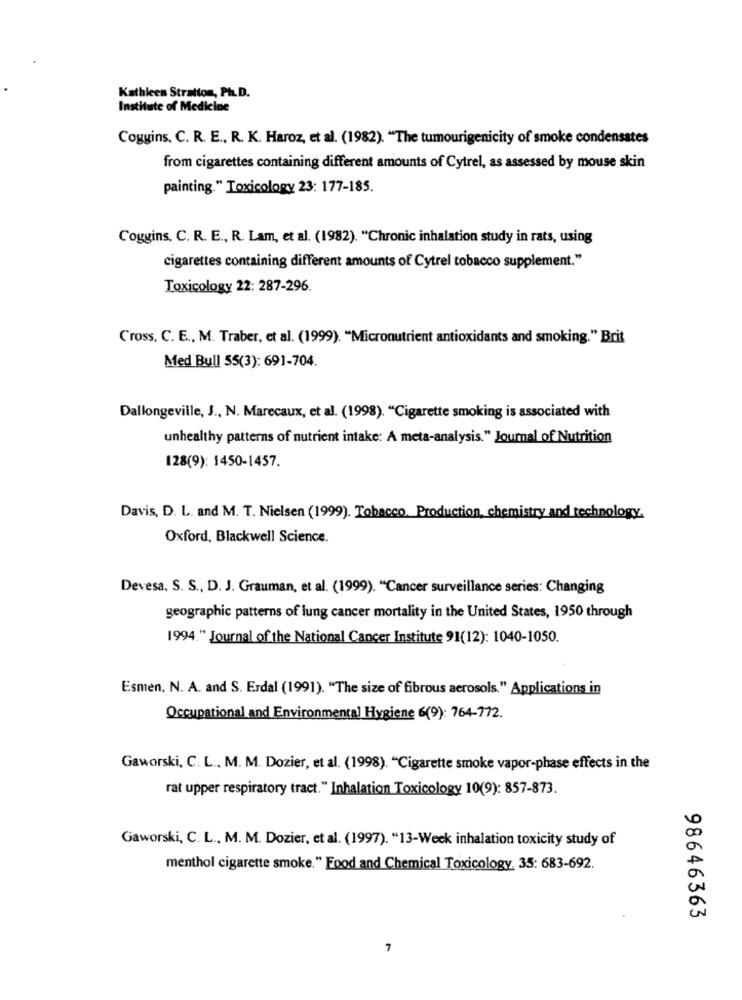
Kathleen Stratton, Ph.D.
Institute of Medicine
Coggins. C. R. E ., R. K. Haroz, et al. (1982). "The tumourigenicity of smoke condensates
from cigarettes containing different amounts of Cytrel, as assessed by mouse skin
painting. " Toxicology 23: 177-185.
Coggins. C. R. E ., R. Lam, et al. (1982). "Chronic inhalation study in rats, using
cigarettes containing different amounts of Cytrel tobacco supplement."
Toxicology 22: 287-296.
Cross. C. E ., M. Traber, et al. (1999). "Micronutrient antioxidants and smoking." Brit
Med Bull 55(3): 691-704.
Dallongeville, J ., N. Marecaux, et al. (1998). "Cigarette smoking is associated with
unhealthy patterns of nutrient intake: A meta-analysis." Journal of Nutrition
128(9): 1450-1457.
Davis, D. L. and M. T. Nielsen (1999). Tobacco. Production, chemistry and technology.
Oxford, Blackwell Science.
Devesa. S. S ., D. J. Grauman, et al. (1999). "Cancer surveillance series: Changing
geographic patterns of lung cancer mortality in the United States, 1950 through
1994." Journal of the National Cancer Institute 91(12): 1040-1050.
Esmen. N. A. and S. Erdal (1991). "The size of fibrous aerosols." Applications in
Occupational and Environmental Hygiene 6(9): 764-772.
Gaworski, C. L ., M. M. Dozier, et al. (1998). "Cigarette smoke vapor-phase effects in the
rat upper respiratory tract." Inhalation Toxicology 10(9): 857-873.
Gaworski, C. L ., M. M. Dozier, et al. (1997). "13-Week inhalation toxicity study of
menthol cigarette smoke." Food and Chemical Toxicology, 35: 683-692.
98646363
7